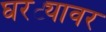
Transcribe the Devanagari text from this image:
घरट्यावर